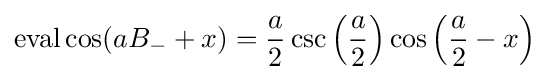
\operatorname {eval} \cos(aB_{-}+x)={\frac {a}{2}}\csc \left({\frac {a}{2}}\right)\cos \left({\frac {a}{2}}-x\right)